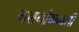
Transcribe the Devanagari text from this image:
गलनांकवाली